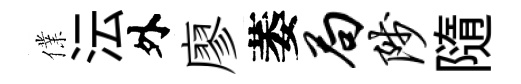
㒒沄外廖萎局陟隨